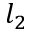
l _ { 2 }